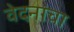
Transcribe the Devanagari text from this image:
वेदनांचा